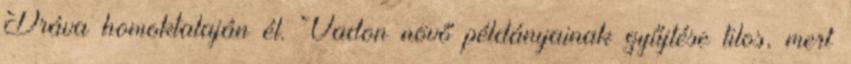
Dráva homoktalaján él. Vadon növő példányainak gyűjtése tilos, mert